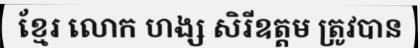
ខ្មែរ លោក ហង្ស សិរីឧត្តម ត្រូវបាន